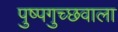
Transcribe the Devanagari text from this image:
पुष्पगुच्छवाला